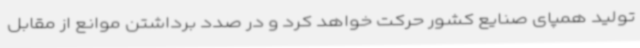
تولید همپای صنایع کشور حرکت خواهد کرد و در صدد برداشتن موانع از مقابل